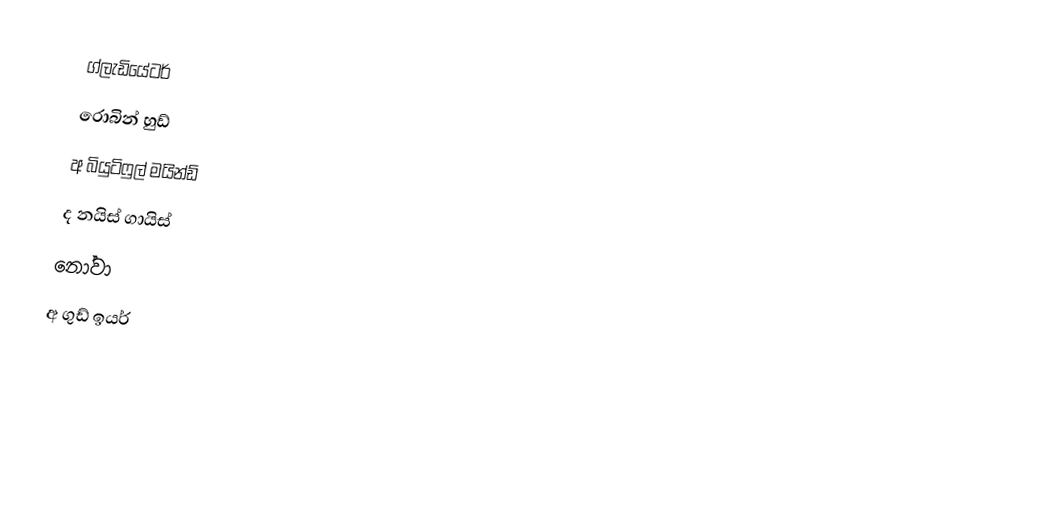
ග්ලැඩියේටර්
 රොබින් හුඩ්
 අ බියුටිෆුල් මයින්ඩ්
 ද නයිස් ගායිස්
 නෝවා
 අ ගුඩ් ඉයර්